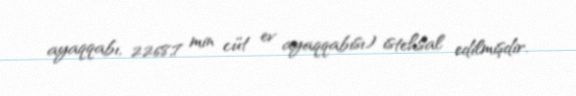
ayaqqabı, 2268,7 min cüt ev ayaqqabısı) istehsal edilmişdir.